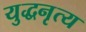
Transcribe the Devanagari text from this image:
युद्धनृत्य